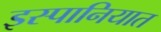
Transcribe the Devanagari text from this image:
इस्पानियात